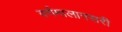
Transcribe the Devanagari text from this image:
वर्णमालानसरी